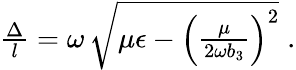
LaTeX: \begin{array}{r}{\frac{\Delta}{l}=\omega\, \sqrt{\mu\epsilon-\left(\frac{\mu}{2\omega b_{3}}\right)^{2}}\; .}\end{array}